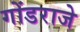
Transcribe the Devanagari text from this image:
गोंडराजे